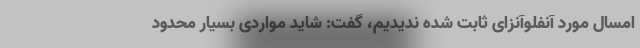
امسال مورد آنفلوآنزای ثابت شده ندیدیم، گفت: شاید مواردی بسیار محدود